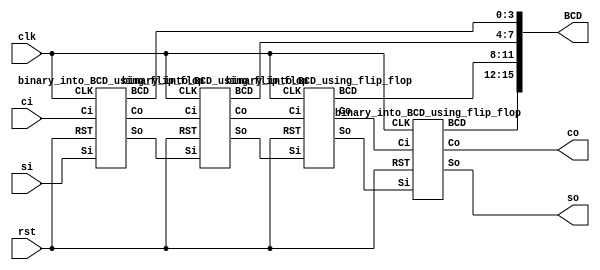
`timescale 1ns/1ns
module binary_into_BCD(input si, ci, clk, rst, output[15:0] BCD, output co, output so);	
	wire [2:0] i ;
	wire [2:0] j ;
	binary_into_BCD_using_flip_flop bcd1 (si, ci, clk, rst, i[0], j[0],BCD[3:0]) ;
	binary_into_BCD_using_flip_flop bcd2 (i[0], j[0], clk, rst, i[1], j[1],BCD[7:4]) ;
	binary_into_BCD_using_flip_flop bcd3 (i[1], j[1], clk, rst, i[2], j[2], BCD[11:8]);
	binary_into_BCD_using_flip_flop bcd4 (i[2], j[2], clk, rst, so, co, BCD[15:12]);
endmodule

module binary_into_BCD_using_flip_flop(input Si, Ci, CLK, RST, output So, Co, output[3:0] BCD);
  wire[3:0] registerInput;
	wire[3:0] adderInput;
	wire[3:0] adderOutput;
	wire gt;

	assign registerInput[0] = Si;
	assign So = adderOutput[3];
	assign registerInput[1] = adderOutput[0];
	assign registerInput[2] = adderOutput[1];
	assign registerInput[3] = adderOutput[2];

	four_bit_register_v2 register(registerInput, RST, CLK, BCD);
	compare_with_5 comprator(BCD, gt);
	
	assign adderInput[0] = gt;
	assign adderInput[1] = gt;
	assign adderInput[2] = 0;
	assign adderInput[3] = 0; 
	add_with_3 adder(BCD, adderInput, Ci, adderOutput, Co);

endmodule
module add_with_3(input [3:0]B, input [3:0]A, input ci, output [3:0]S, output co);
  wire C[3:1];
  //Slice 0
  wire i1;
  xor(i1, B[0],A[0]);
  xor(S[0], ci, i1 );
  wire i2, i3;
  and(i2, A[0], B[0]);
  and(i3, i1, ci);
  or(C[1], i2, i3);
  
  //Slice 1
  wire j1;
  xor(j1, B[1],A[1]);
  xor(S[1], C[1], j1 );
  wire j2, j3;
  and(j2, A[1], B[1]);
  and(j3, j1, C[1]);
  or(C[2], j2, j3);
  
  //Slice 2
  xor(S[2], B[2], C[2]);
  and(C[3], B[2], C[2]);
  
  //Slice 3
  xor(S[3], B[3], C[3]);
  and(co, B[3], C[3]);
endmodule
module compare_with_5(input [3:0]A, output Gt);
  wire i, j;
  or(i, A[0], A[1]);
  and(j, i, A[2]);
  or(Gt, j, A[3]);
endmodule
module four_bit_register_v2 (input [3:0]A, input RST, CLK, output [3:0]Q);
  genvar i;
  generate
    for(i = 0; i < 4; i = i+1)
    begin
      D_type_flip_flop_with_rst flipFlop(A[i], RST, CLK, Q[i]);
    end
  endgenerate
endmodule
module D_type_flip_flop_with_rst(input D, RST, CLK, output Q);
  wire i;
  and(i, ~RST, D);
  D_type_flip_flop flipFlop(i, CLK, Q);
endmodule
module D_type_flip_flop(input D, CLK, output Q);
  wire Qo;
  clocked_D_latch dLatch(D, CLK, Qo);
  clocked_D_latch secondDLatch(Qo, ~CLK, Q);
endmodule
module clocked_D_latch(input D, CLK, output Q);
  wire Dnot;
  not (Dnot, D);
  clocked_SR_latch srLatch(D, Dnot, CLK, Q);
endmodule 
module clocked_SR_latch(input S, R, CLK, output Q);
  wire i, j, Q_;
  nand (i, S, CLK);
  nand (j, R, CLK);
  nand (Q_, j, Q);
  nand (Q, i, Q_);
endmodule